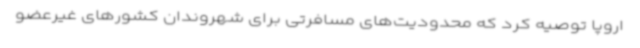
اروپا توصیه کرد که محدودیت‌های مسافرتی برای شهروندان کشورهای غیرعضو